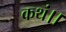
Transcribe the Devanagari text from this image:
कथं।।